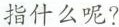
指什么呢?